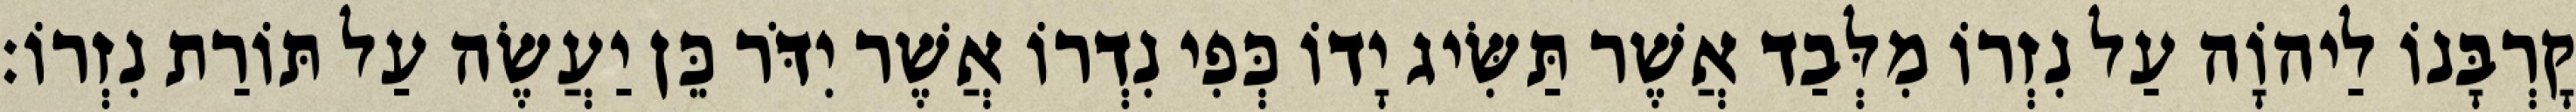
קָרְבָּנוֹ לַיהוָֹה עַל נִזְרוֹ מִלְּבַד אֲשֶׁר תַּשִּׂיג יָדוֹ כְּפִי נִדְרוֹ אֲשֶׁר יִדֹּר כֵּן יַעֲשֶׂה עַל תּוֹרַת נִזְרוֹ׃